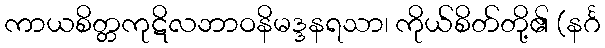
ကာယစိတ္တကုဋိလဘာဝနိမဒ္ဒနရသာ၊ ကိုယ်စိတ်တို့၏ (နင်္ဂ